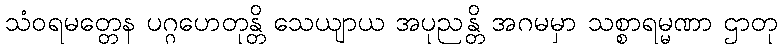
သံဝရမတ္တေန ပဂ္ဂဟေတုန္တိ သေယျာယ အပုညန္တိ အဂမမှာ သစ္စာရမ္မဏာ ဌာတု